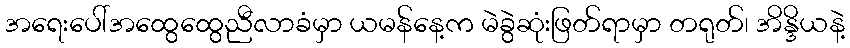
အရေးပေါ်အထွေထွေညီလာခံမှာ ယမန်နေ့က မဲခွဲဆုံးဖြတ်ရာမှာ တရုတ်၊ အိန္ဒိယနဲ့